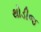
થોડીજ